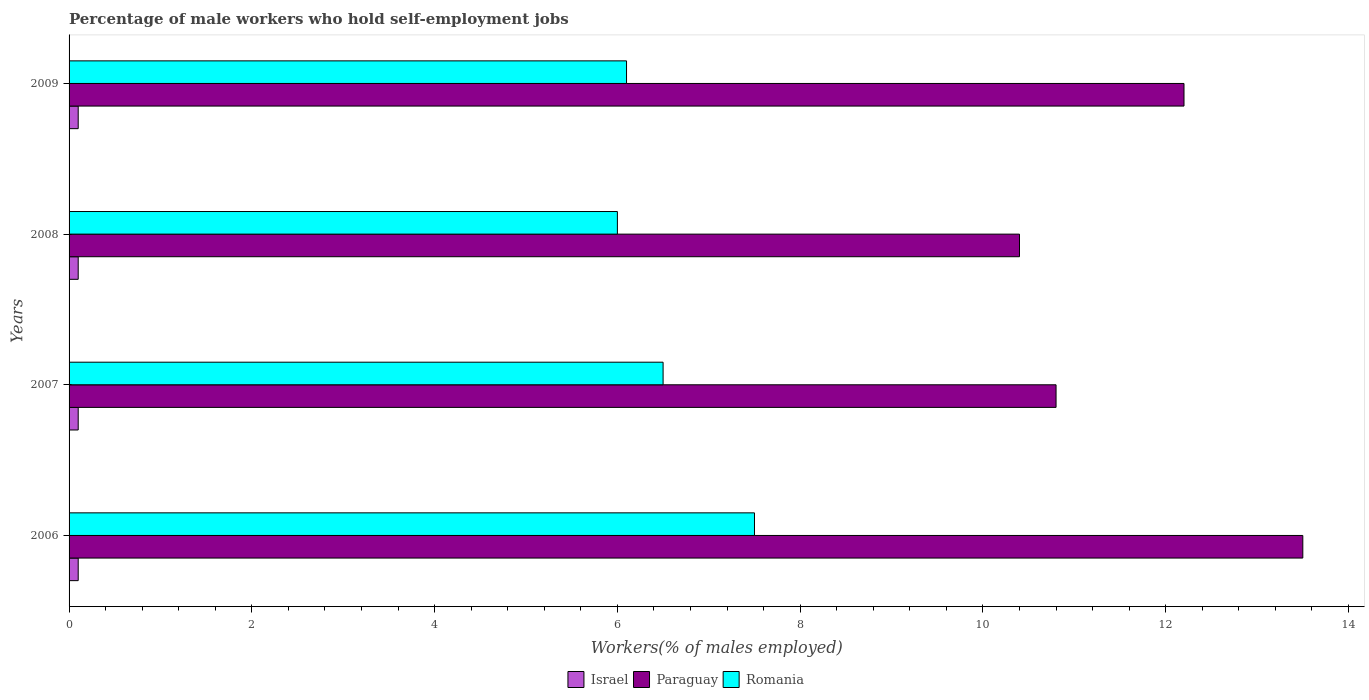
| Years | Israel | Paraguay | Romania |
 | --- | --- | --- | --- |
 | 2006 | 0.1 | 13.5 | 7.5 |
 | 2007 | 0.1 | 10.8 | 6.5 |
 | 2008 | 0.1 | 10.4 | 6 |
 | 2009 | 0.1 | 12.2 | 6.1 |